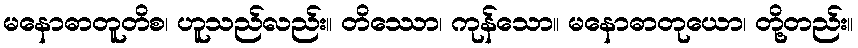
မနောဓာတူတိစ၊ ဟူသည်လည်း။ တိဿော၊ ကုန်သော။ မနောဓာတုယော၊ တို့တည်း။